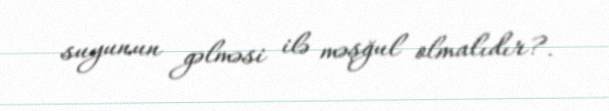
suyunun gəlməsi ilə məşğul olmalıdır?.